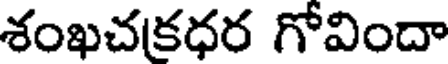
శంఖచకధర గోవిందా